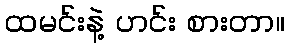
ထမင်းနဲ့ ဟင်း စားတာ။